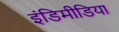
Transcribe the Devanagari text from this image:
इंडिमीडिया